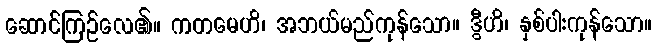
ဆောင်ကြဉ်လေ၏။ ကတမေဟိ၊ အဘယ်မည်ကုန်သော။ ဒွီဟိ၊ နှစ်ပါးကုန်သော။